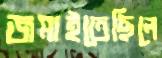
জমাইতেছিলে